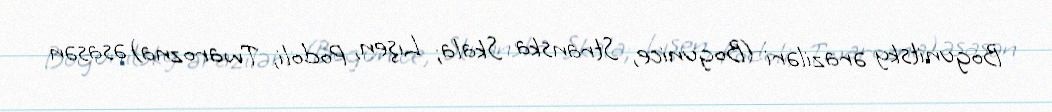
Bogunitsky əraziləri (Bogunice, Stranska Skala; Lışen, Podoli, Twarozna) əsasən